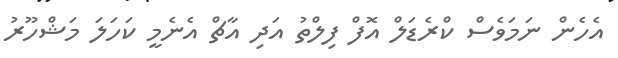
އެހެން ނަމަވެސް ކްރެޑަލް އޮފް ފިލްތު އަދި އާޗް އެނެމީ ކަހަލަ މަޝްހޫރު